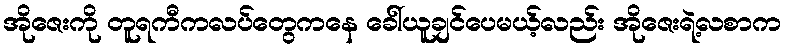
အိုဇေးကို တူရကီကလပ်တွေကနေ ခေါ်ယူချင်ပေမယ့်လည်း အိုဇေးရဲ့လစာက